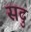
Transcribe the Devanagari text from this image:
सदु